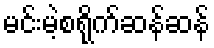
မင်းမဲ့စရိုက်ဆန်ဆန်